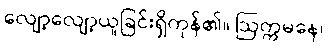
လျော့လျော့ယူခြင်းရှိကုန်၏။ ဩက္ကမနေ၊